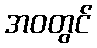
အဝတွင်